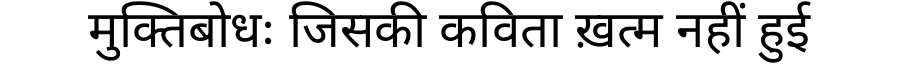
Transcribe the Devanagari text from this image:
मुक्तिबोधः जिसकी कविता ख़त्म नहीं हुई